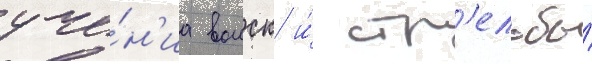
уче́н'иа воиск и́ стр'ельбы́